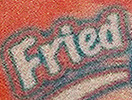
Fried